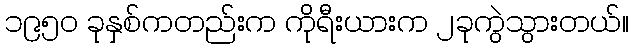
၁၉၅၀ ခုနှစ်ကတည်းက ကိုရီးယားက ၂ခုကွဲသွားတယ်။